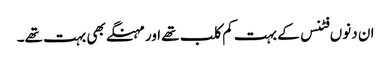
ان دنوں فٹنس کے بہت کم کلب تھے اور مہنگے بھی بہت تھے۔